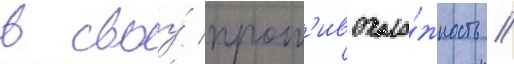
в своу́ прот'ивополо́жность /